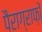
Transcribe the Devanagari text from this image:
पैराग्राफ़ों